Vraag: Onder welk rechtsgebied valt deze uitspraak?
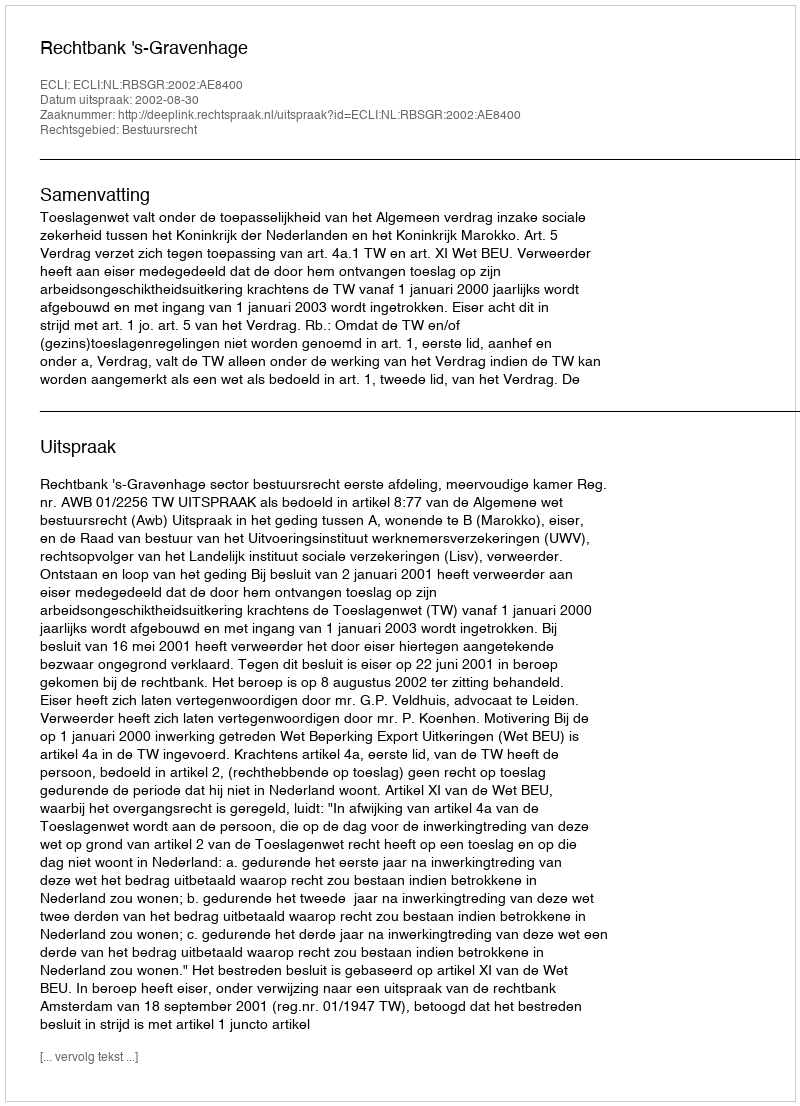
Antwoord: Bestuursrecht